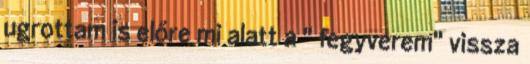
ugrottam is előre mi alatt a " fegyverem" vissza